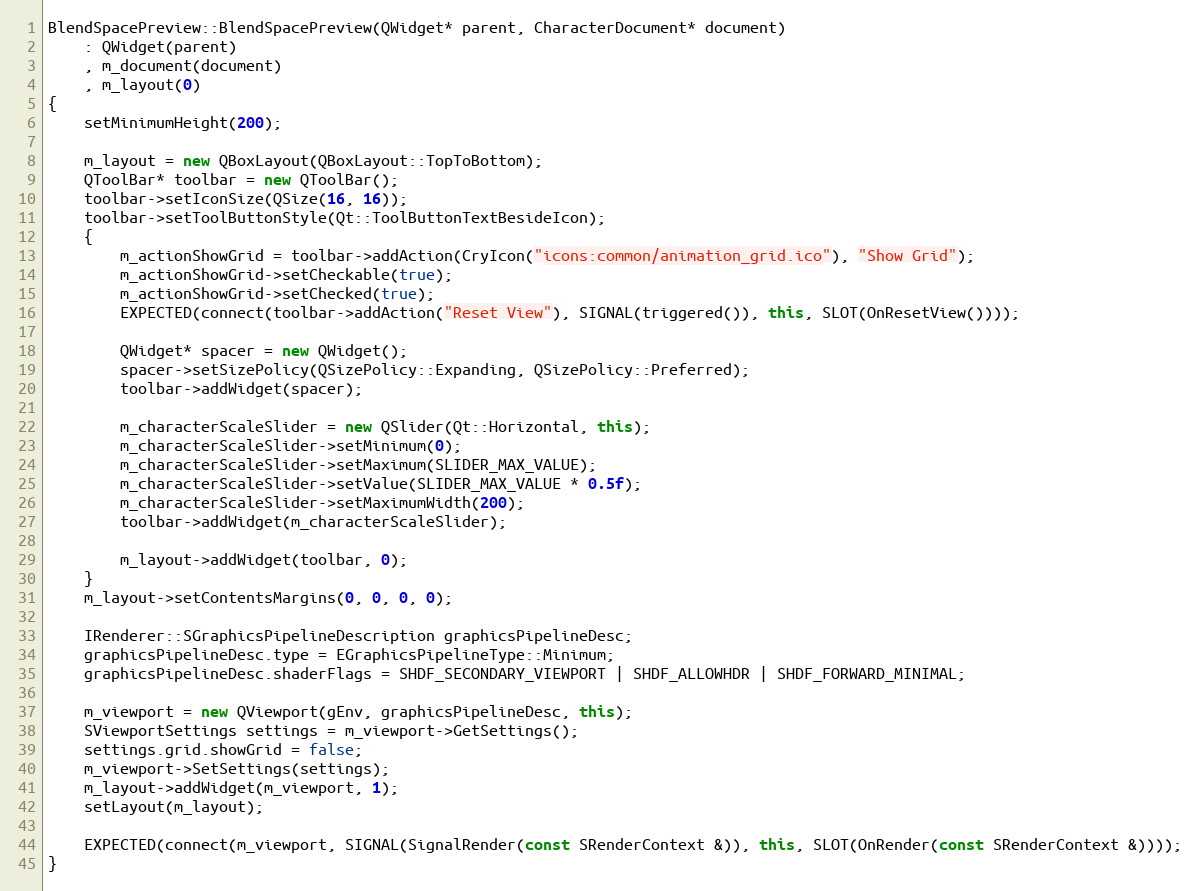
Language: C++
BlendSpacePreview::BlendSpacePreview(QWidget* parent, CharacterDocument* document)
	: QWidget(parent)
	, m_document(document)
	, m_layout(0)
{
	setMinimumHeight(200);

	m_layout = new QBoxLayout(QBoxLayout::TopToBottom);
	QToolBar* toolbar = new QToolBar();
	toolbar->setIconSize(QSize(16, 16));
	toolbar->setToolButtonStyle(Qt::ToolButtonTextBesideIcon);
	{
		m_actionShowGrid = toolbar->addAction(CryIcon("icons:common/animation_grid.ico"), "Show Grid");
		m_actionShowGrid->setCheckable(true);
		m_actionShowGrid->setChecked(true);
		EXPECTED(connect(toolbar->addAction("Reset View"), SIGNAL(triggered()), this, SLOT(OnResetView())));

		QWidget* spacer = new QWidget();
		spacer->setSizePolicy(QSizePolicy::Expanding, QSizePolicy::Preferred);
		toolbar->addWidget(spacer);

		m_characterScaleSlider = new QSlider(Qt::Horizontal, this);
		m_characterScaleSlider->setMinimum(0);
		m_characterScaleSlider->setMaximum(SLIDER_MAX_VALUE);
		m_characterScaleSlider->setValue(SLIDER_MAX_VALUE * 0.5f);
		m_characterScaleSlider->setMaximumWidth(200);
		toolbar->addWidget(m_characterScaleSlider);

		m_layout->addWidget(toolbar, 0);
	}
	m_layout->setContentsMargins(0, 0, 0, 0);

	IRenderer::SGraphicsPipelineDescription graphicsPipelineDesc;
	graphicsPipelineDesc.type = EGraphicsPipelineType::Minimum;
	graphicsPipelineDesc.shaderFlags = SHDF_SECONDARY_VIEWPORT | SHDF_ALLOWHDR | SHDF_FORWARD_MINIMAL;

	m_viewport = new QViewport(gEnv, graphicsPipelineDesc, this);
	SViewportSettings settings = m_viewport->GetSettings();
	settings.grid.showGrid = false;
	m_viewport->SetSettings(settings);
	m_layout->addWidget(m_viewport, 1);
	setLayout(m_layout);

	EXPECTED(connect(m_viewport, SIGNAL(SignalRender(const SRenderContext &)), this, SLOT(OnRender(const SRenderContext &))));
}